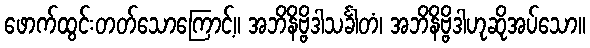
ဖောက်ထွင်းတတ်သောကြောင့်။ အဘိနိဗ္ဗိဒါသင်္ခါတံ၊ အဘိနိဗ္ဗိဒါဟုဆိုအပ်သော။